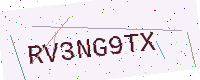
Text: RV3NG9TX